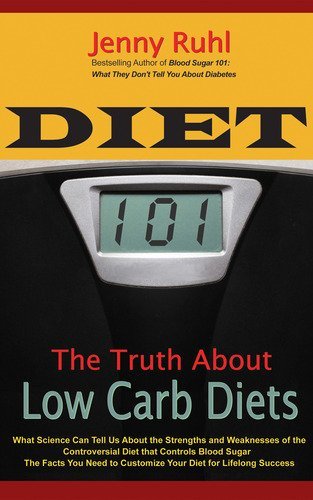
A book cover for Diet 101: The Truth About Low Carb Diets; Jenny Ruhl; Health, Fitness & Dieting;